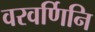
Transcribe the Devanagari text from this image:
वरवर्णिनि